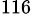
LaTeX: ^{116}